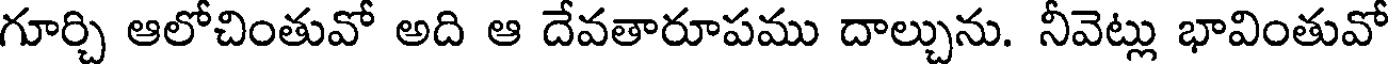
గూర్చి ఆలోచింతువో అది ఆ దేవతారూపము దాల్చును. నీవెట్లు భావింతువో